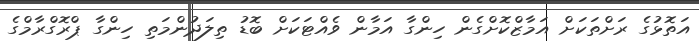
އަތޮޅުގެ ރަށްތަކަށް އަމާޒްކޮށްގެން ހިންގާ އަމާން ވެއްޓަކަށް ބޮޑު ތިލަދުންމަތި ހިންގާ ޕްރޮގްރާމްގެ